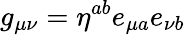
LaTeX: g_{\mu\nu}=\eta^{ab}e_{\mu a}e_{\nu b}